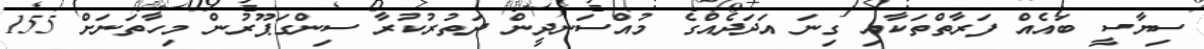
ސިޔާސީ ބައެއް ފަރާތްތަކާއި ގިނަ އަދަދެއްގެ މުއްސަނދީން ދަތުރުކުރާ ސިންގަޕޫރުން މިހާތަނަށް 155